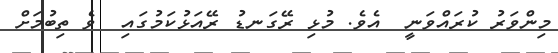
މިންވަރު ކުރައްވަނީ  އެވެ. މުޅި ރޭގަނޑު ރޭއަޅުކަމުގައި  ވެ ތިބުމަށް